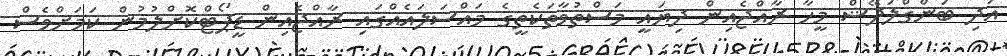
އަދި ބަންގްލަދޭޝް މީހާ ރާއްޖެއިން ދިޔައީ މަސްތުވާތަކެތީގެ މައްސަލައެއްގައި ރާއްޖެއިން ޑީޕޯޓްކޮށްލުމުން ކަމަށްވެސް